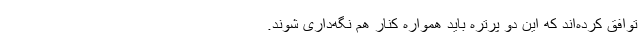
توافق کرده‌اند که این دو پرتره باید همواره کنار هم نگه‌داری شوند.